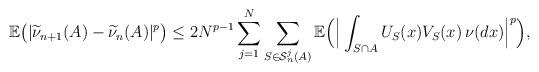
LaTeX: \begin{align*}\mathbb{E}\big(|\widetilde{\nu}_{n+1}(A)-\widetilde{\nu}_{n}(A)|^p\big)\le 2N^{p-1}\sum_{j=1}^N\sum_{S\in \mathcal{S}_n^j(A)}\mathbb{E}\Big(\Big| \int_{S\cap A} U_S(x)V_S(x)\, \nu(dx)\Big|^p \Big),\end{align*}